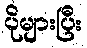
ပိုများပြီး